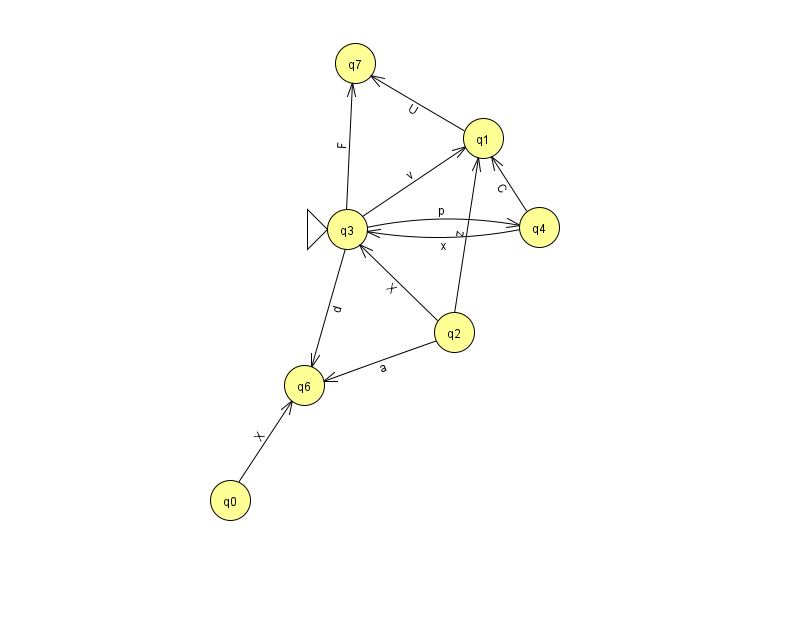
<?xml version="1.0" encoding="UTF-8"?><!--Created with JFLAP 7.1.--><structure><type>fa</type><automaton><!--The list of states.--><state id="0" name="q0"><x>230.0</x><y>487.0</y></state><state id="1" name="q1"><x>483.0</x><y>125.0</y></state><state id="2" name="q2"><x>454.0</x><y>319.0</y></state><state id="3" name="q3"><x>347.0</x><y>216.0</y><initial/></state><state id="4" name="q4"><x>539.0</x><y>214.0</y></state><state id="6" name="q6"><x>304.0</x><y>372.0</y></state><state id="7" name="q7"><x>355.0</x><y>50.0</y></state><!--The list of transitions.--><transition><from>1</from><to>7</to><read>U</read></transition><transition><from>2</from><to>1</to><read>z</read></transition><transition><from>3</from><to>4</to><read>p</read></transition><transition><from>0</from><to>6</to><read>X</read></transition><transition><from>4</from><to>1</to><read>C</read></transition><transition><from>2</from><to>3</to><read>X</read></transition><transition><from>3</from><to>1</to><read>v</read></transition><transition><from>3</from><to>6</to><read>d</read></transition><transition><from>3</from><to>7</to><read>F</read></transition><transition><from>2</from><to>6</to><read>a</read></transition><transition><from>4</from><to>3</to><read>x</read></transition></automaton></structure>